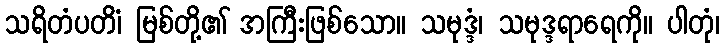
သရိတံပတိံ၊ မြစ်တို့၏ အကြီးဖြစ်သော။ သမုဒ္ဒံ၊ သမုဒ္ဒရာရေကို။ ပါတုံ၊